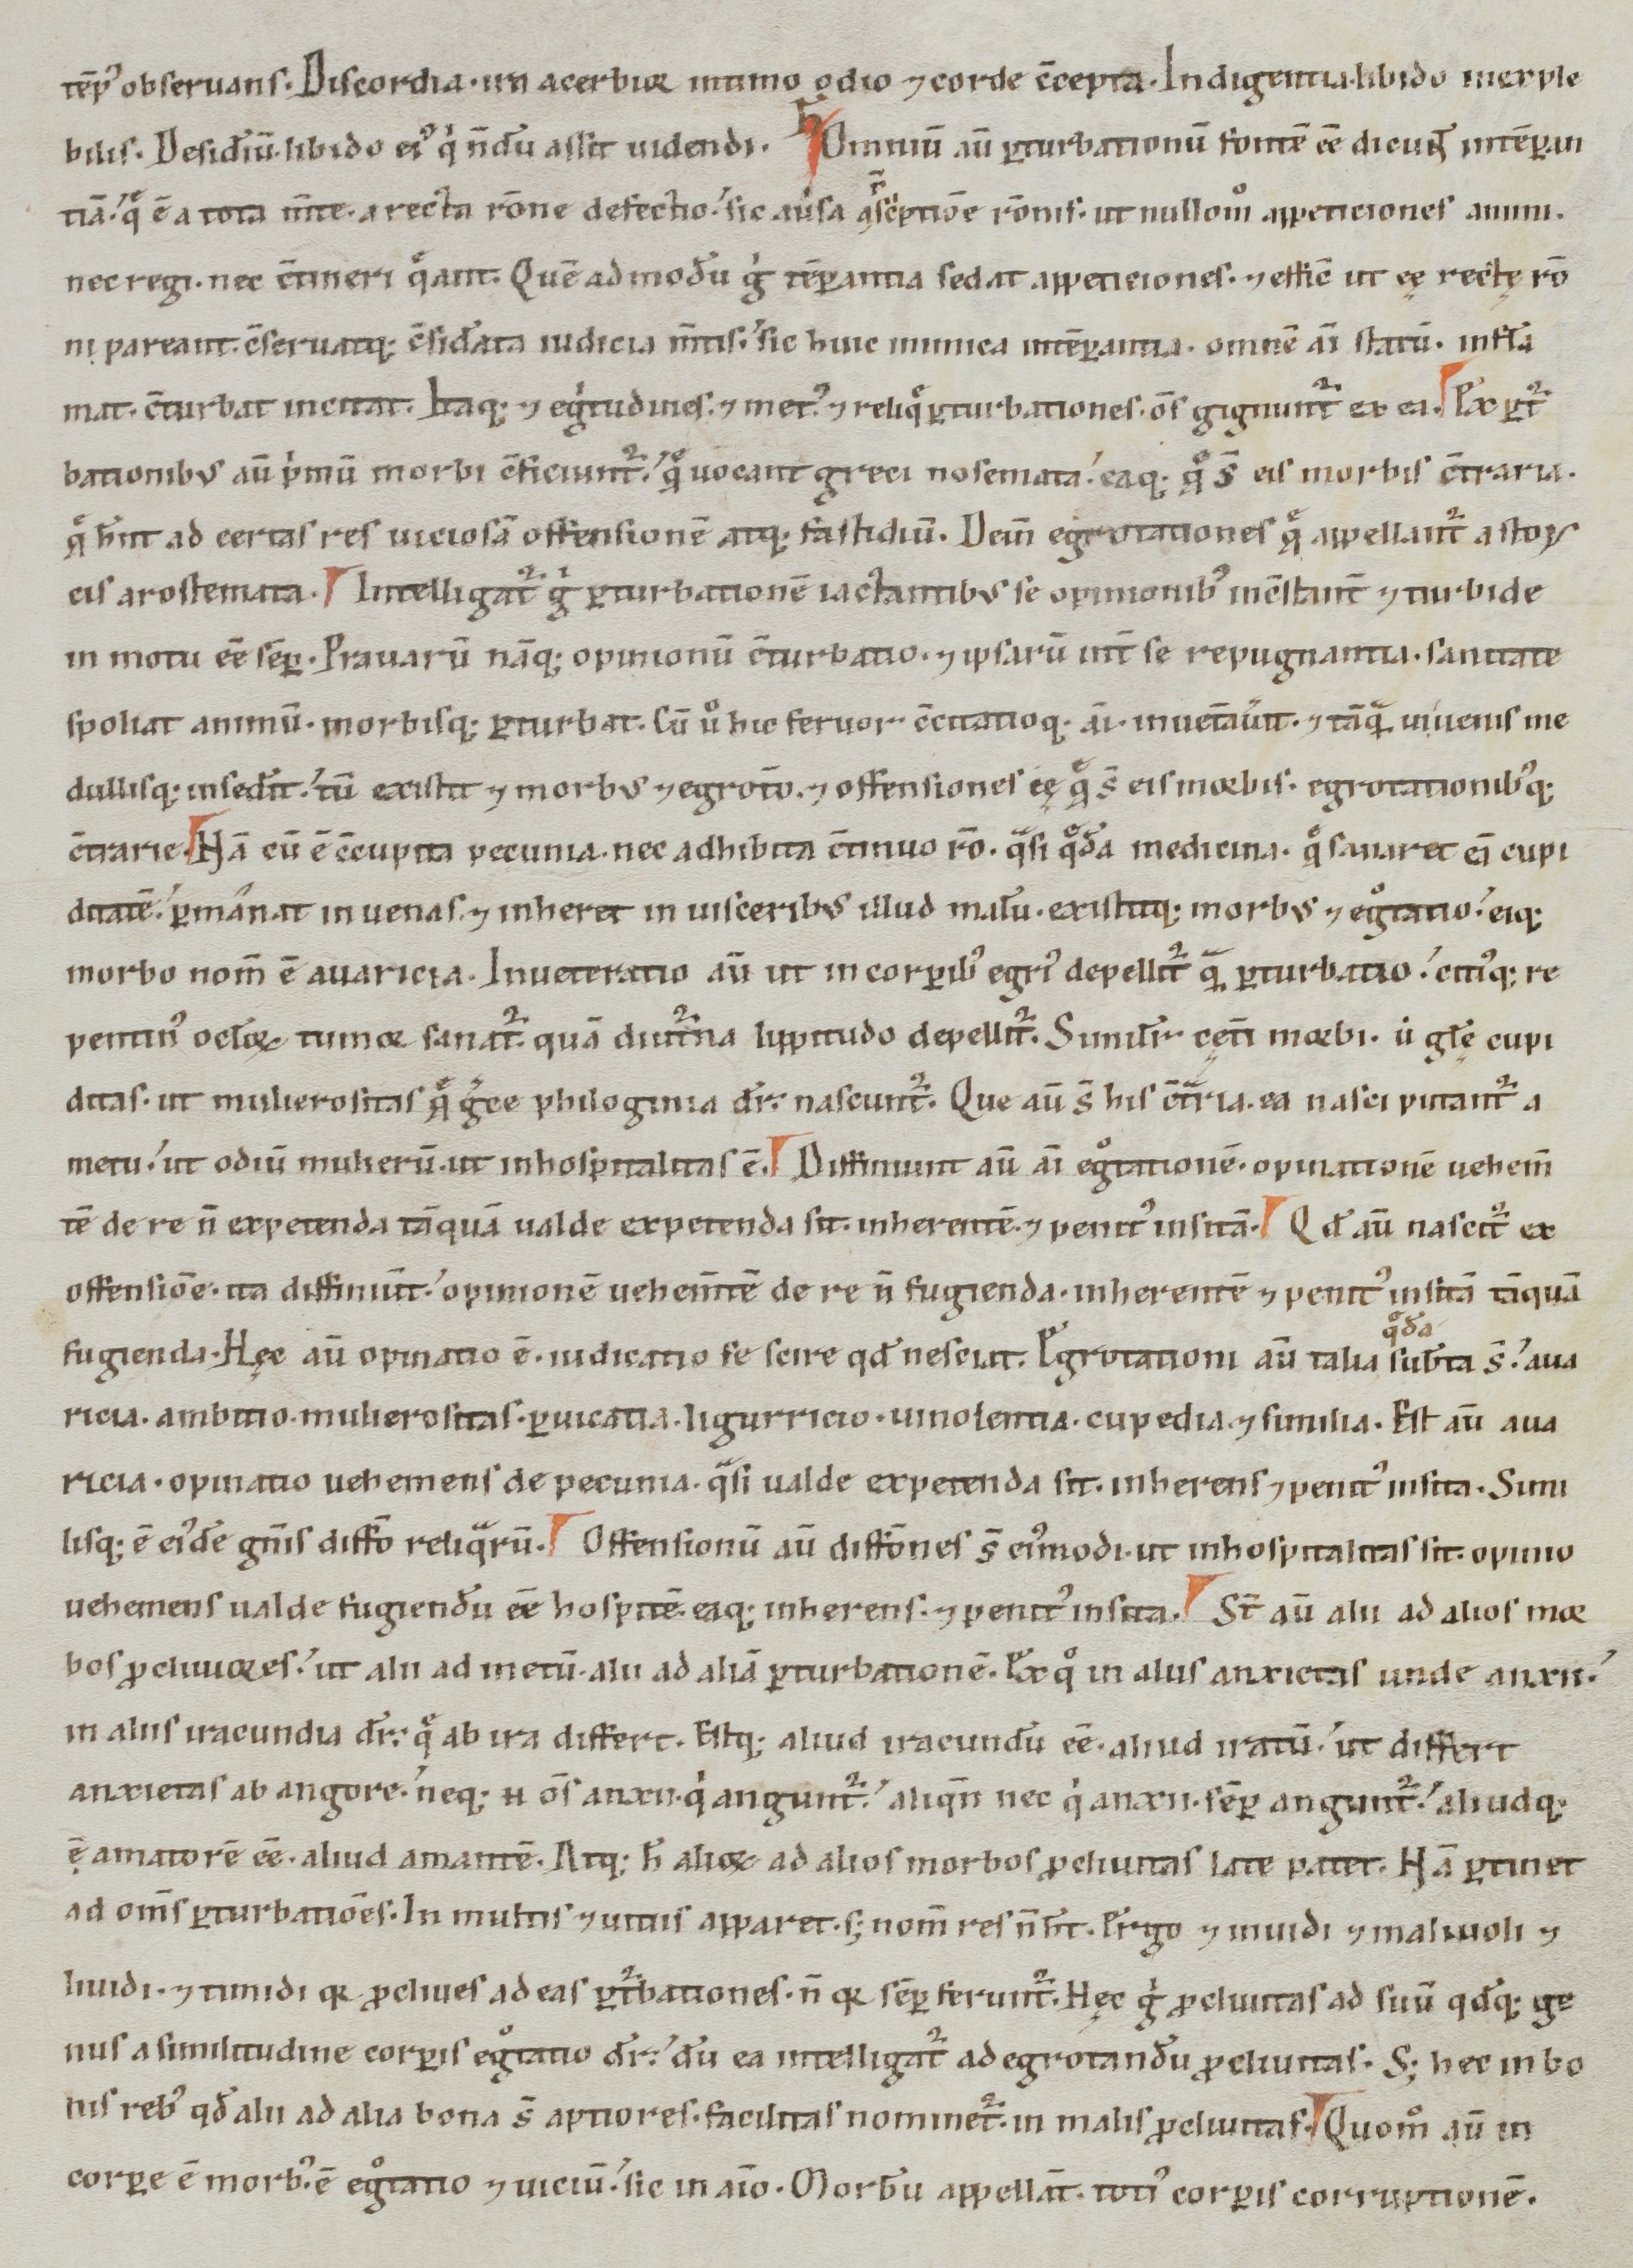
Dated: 1100–1199